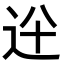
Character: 𨑷